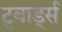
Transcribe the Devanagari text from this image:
टुवार्ड्स